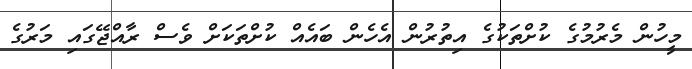
މީހުން މެރުމުގެ ކުށްތަކުގެ އިތުރުން އެހެން ބައެއް ކުށްތަކަށް ވެސް ރާއްޖޭގައި މަރުގެ